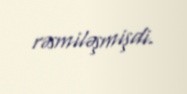
rəsmiləşmişdi.